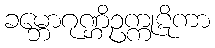
ခမ္ဘောဂုဏ္ဌိဥက္ကုဋိကာ